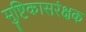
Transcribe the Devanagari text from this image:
मुष्टिकासरंक्षक